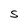
Character: S